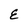
Character: E